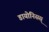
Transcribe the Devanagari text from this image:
डायोनिसस्